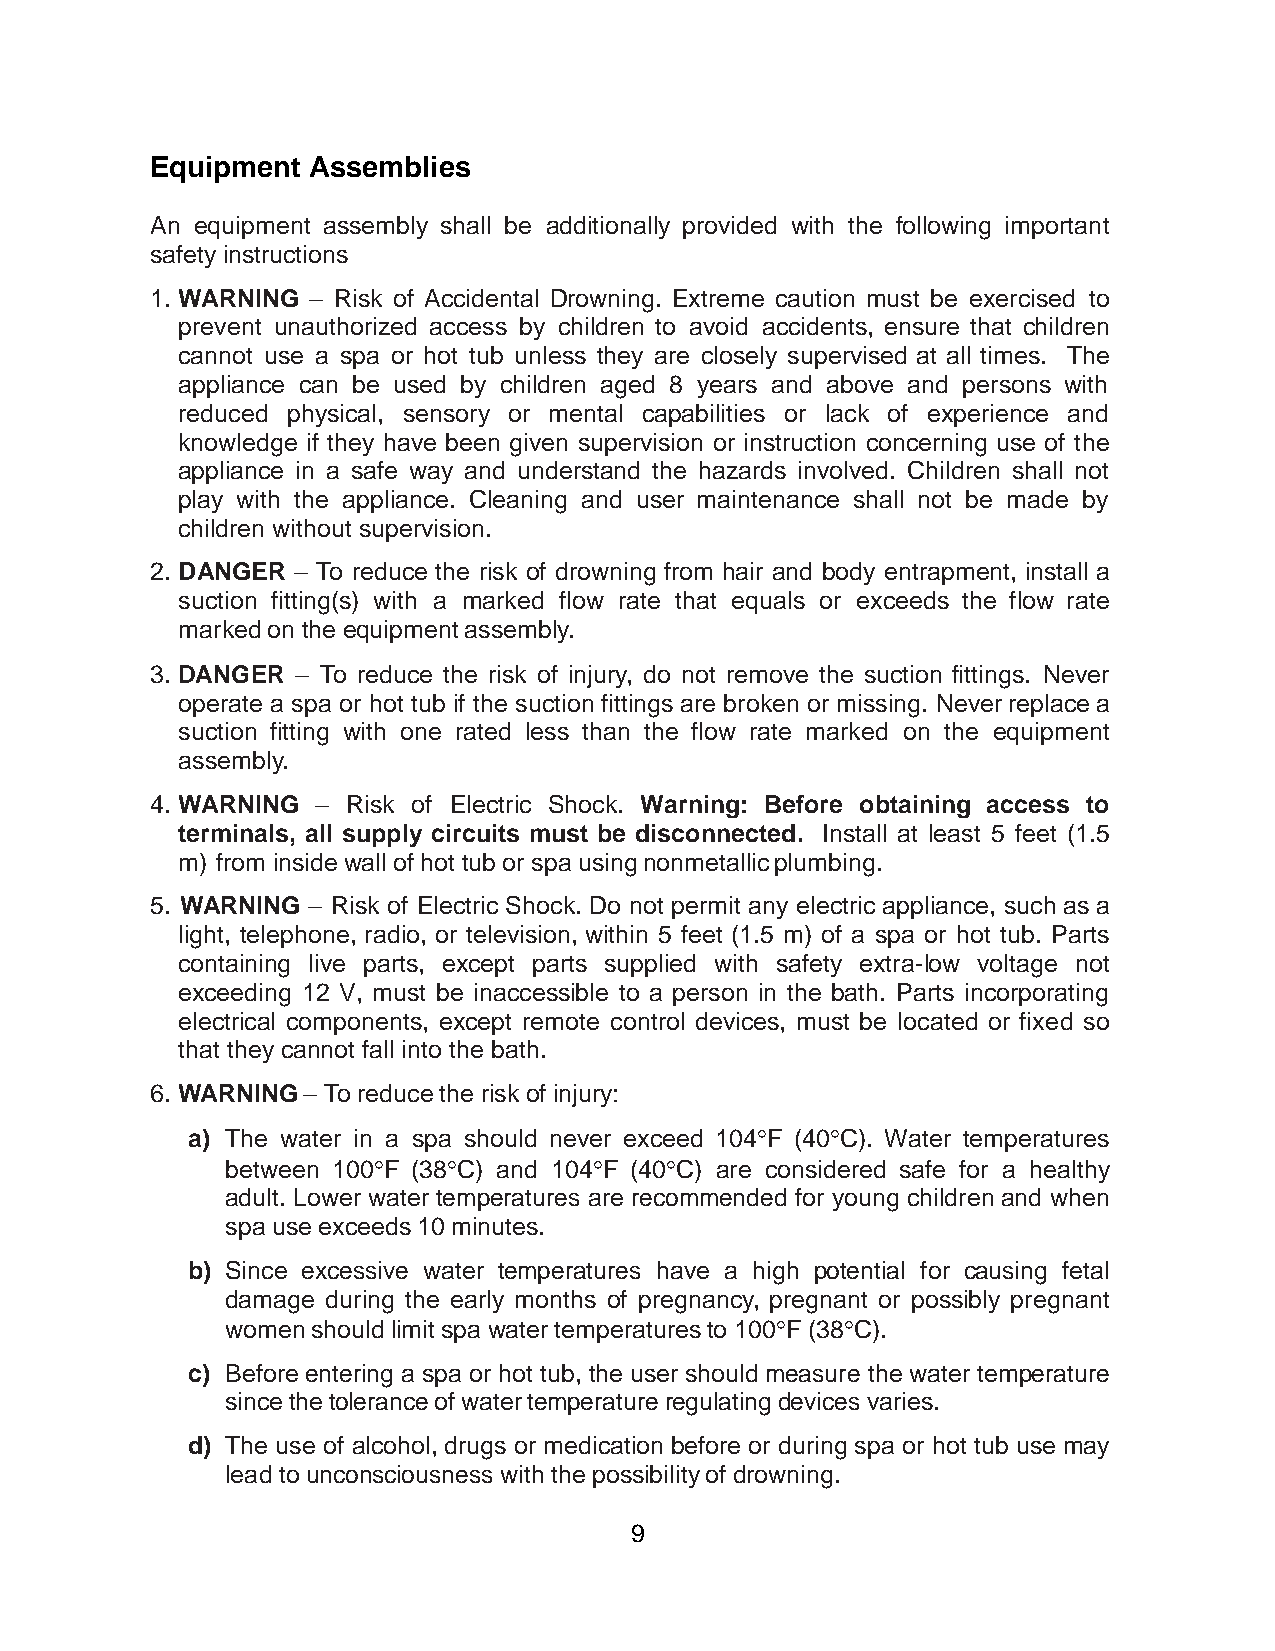
Equipment Assemblies
 An equipment assembly shall be additionally provided with the following important
 safety instructions
 1. WARNING – Risk of Accidental Drowning. Extreme caution must be exercised to
 prevent unauthorized access by children to avoid accidents, ensure that children
 cannot use a spa or hot tub unless they are closely supervised at all times. The
 appliance can be used by children aged 8 years and above and persons with
 reduced physical, sensory or mental capabilities or lack of experience and
 knowledge if they have been given supervision or instruction concerning use of the
 appliance in a safe way and understand the hazards involved. Children shall not
 play with the appliance. Cleaning and user maintenance shall not be made by
 children without supervision.
 2. DANGER – To reduce the risk of drowning from hair and body entrapment, install a
 suction fitting(s) with a marked flow rate that equals or exceeds the flow rate
 marked on the equipment assembly.
 3. DANGER – To reduce the risk of injury, do not remove the suction fittings. Never
 operate a spa or hot tub if the suction fittings are broken or missing. Never replace a
 suction fitting with one rated less than the flow rate marked on the equipment
 assembly.
 4. WARNING – Risk of Electric Shock. Warning: Before obtaining access to
 terminals, all supply circuits must be disconnected. Install at least 5 feet (1.5
 m) from inside wall of hot tub or spa using nonmetallic plumbing.
 5. WARNING – Risk of Electric Shock. Do not permit any electric appliance, such as a
 light, telephone, radio, or television, within 5 feet (1.5 m) of a spa or hot tub. Parts
 containing live parts, except parts supplied with safety extra-low voltage not
 exceeding 12 V, must be inaccessible to a person in the bath. Parts incorporating
 electrical components, except remote control devices, must be located or fixed so
 that they cannot fall into the bath.
 6. WARNING – To reduce the risk of injury:
 a) The water in a spa should never exceed 104F (40C). Water temperatures
 between 100F (38C) and 104F (40C) are considered safe for a healthy
 adult. Lower water temperatures are recommended for young children and when
 spa use exceeds 10 minutes.
 b) Since excessive water temperatures have a high potential for causing fetal
 damage during the early months of pregnancy, pregnant or possibly pregnant
 women should limit spa water temperatures to 100F (38C).
 c) Before entering a spa or hot tub, the user should measure the water temperature
 since the tolerance of water temperature regulating devices varies.
 d) The use of alcohol, drugs or medication before or during spa or hot tub use may
 lead to unconsciousness with the possibility of drowning.
 9